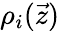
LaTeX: \rho_{i}(\vec{z})